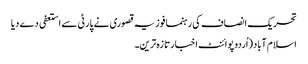
تحریک انصاف کی رہنما فوزیہ قصوری نے پارٹی سے استعفی دے دیا
اسلام آباد(اُردو پوائنٹ اخبارتازہ ترین۔